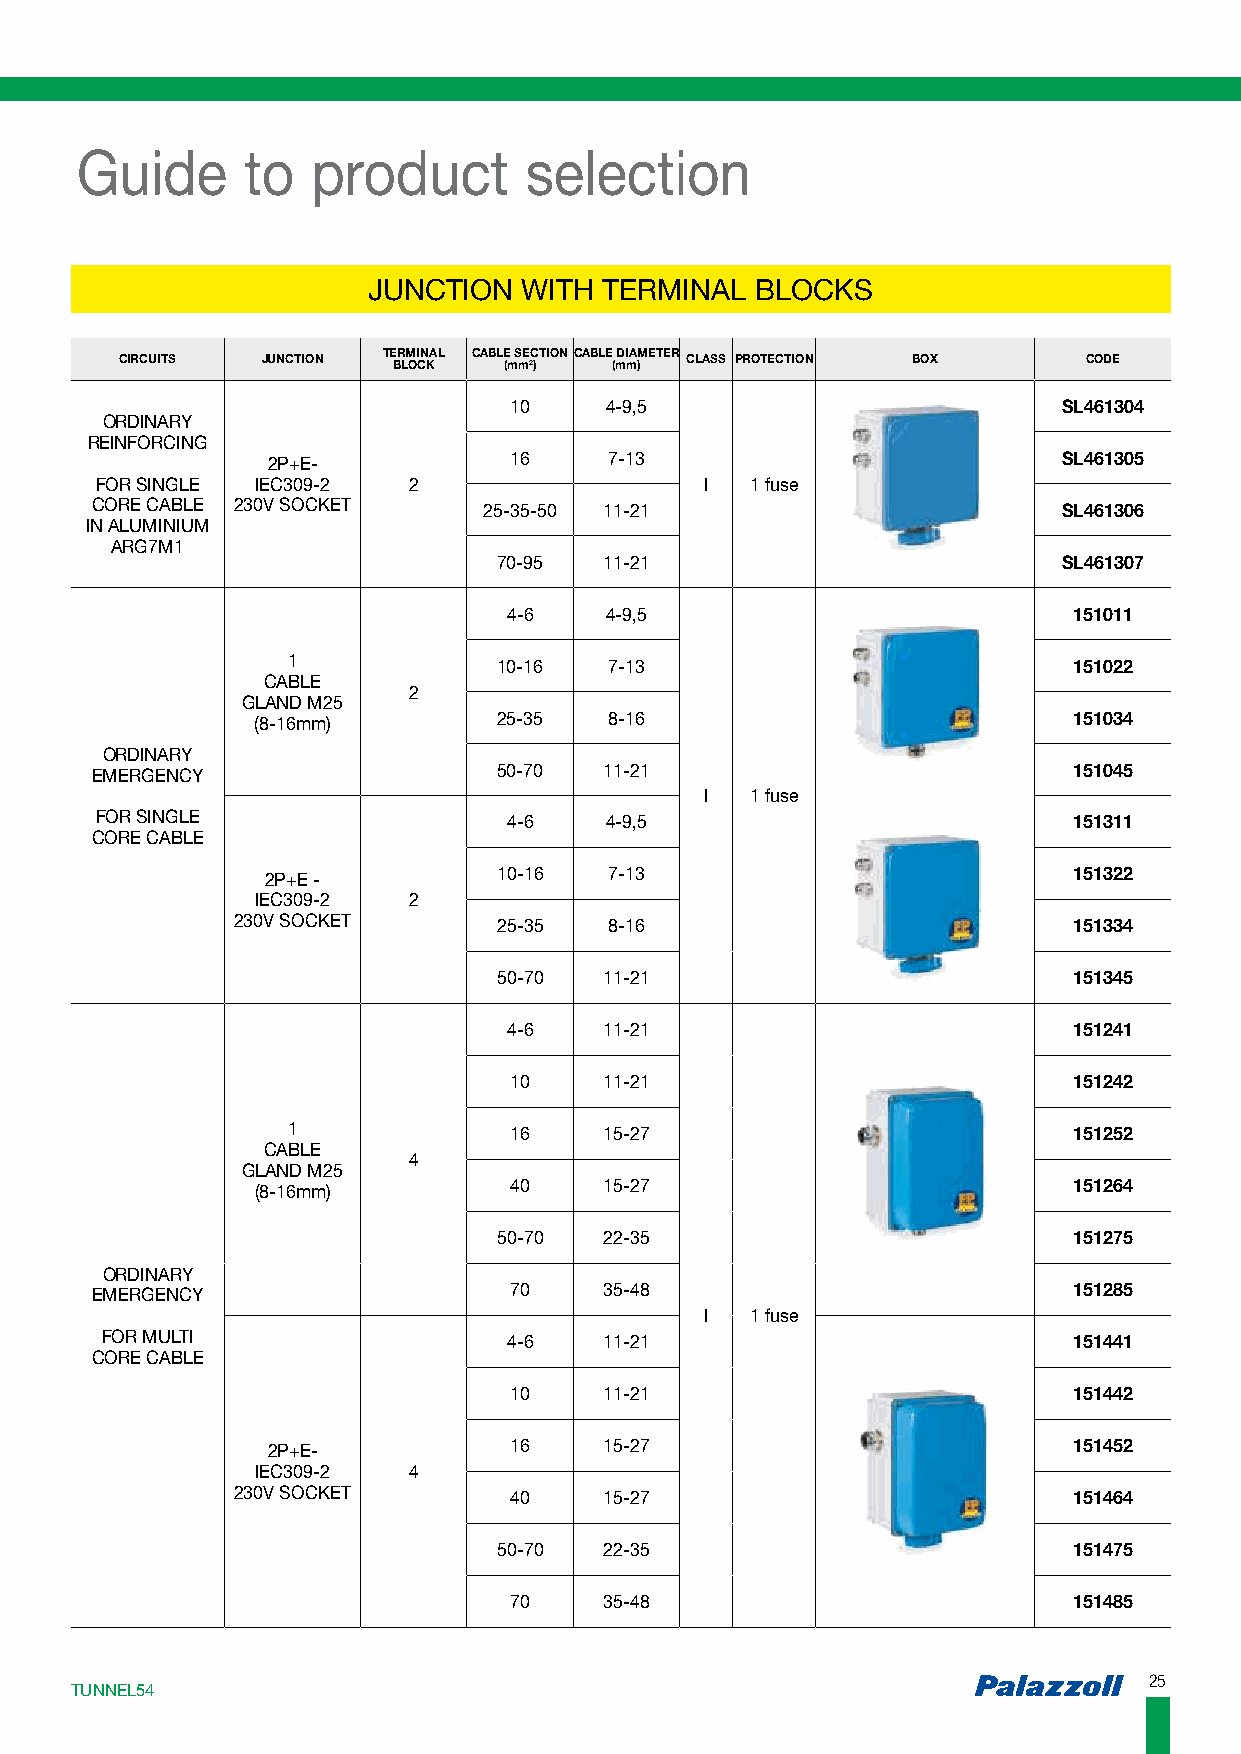
Guide      to   product       selection
 JUNCTION   WITH TERMINAL  BLOCKS
 CIRCUITS JUNCTION TE BR LM OI CN KAL CABL (E m S mE 2C )TION CABLE ( mDI mA )METER CLASS PROTECTION BOX CODE
 10    4-9,5                         SL461304
 ORDINARY
 REINFORCING
 2P+E-           16    7-13                          SL461305
 FOR SINGLE IEC309-2  2                   I  1 fuse
 CORE CABLE 230V SOCKET    25-35-50 11-21                        SL461306
 IN ALUMINIUM
 ARG7M1
 70-95  11-21                         SL461307
 4-6   4-9,5                          151011
 1             10-16  7-13                           151022
 CABLE
 2
 GLAND M25
 (8-16mm)        25-35  8-16                           151034
 ORDINARY
 EMERGENCY                  50-70  11-21                          151045
 I  1 fuse
 FOR SINGLE                  4-6   4-9,5                          151311
 CORE CABLE
 2P+E -         10-16  7-13                           151322
 IEC309-2  2
 230V SOCKET      25-35  8-16                           151334
 50-70  11-21                          151345
 4-6   11-21                          151241
 10    11-21                          151242
 1              16    15-27                          151252
 CABLE
 4
 GLAND M25
 (8-16mm)         40    15-27                          151264
 50-70  22-35                          151275
 ORDINARY
 EMERGENCY                   70    35-48                          151285
 I  1 fuse
 FOR MULTI                  4-6   11-21                          151441
 CORE CABLE
 10    11-21                          151442
 2P+E-           16    15-27                          151452
 IEC309-2  4
 230V SOCKET       40    15-27                          151464
 50-70  22-35                          151475
 70    35-48                          151485
 2255
 TTUUNNNNEELL5544